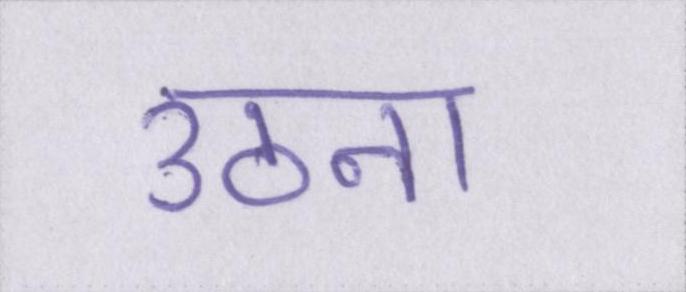
उठना